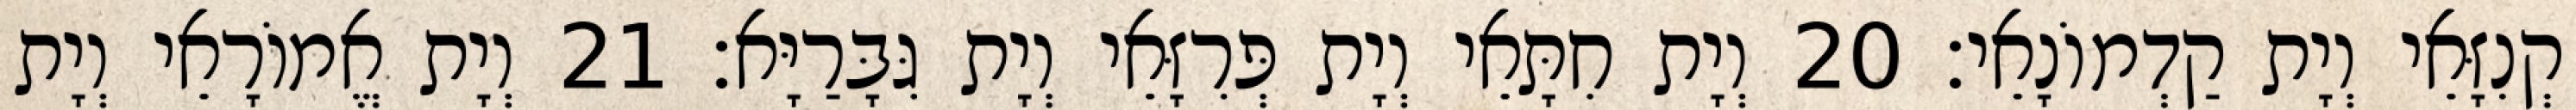
קְנִזָּאֵי וְיָת קַדְמוֹנָאֵי׃ 20 וְיָת חִתָּאֵי וְיָת פְּרִזָּאֵי וְיָת גִּבָּרַיָּא׃ 21 וְיָת אֱמוֹרָאֵי וְיָת